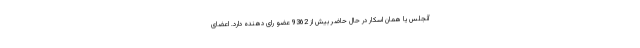
‌آنجلس یا همان اسکار در حال حاضر بیش از 9362 عضو رای دهنده دارد. اعضای